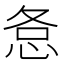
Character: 㤩